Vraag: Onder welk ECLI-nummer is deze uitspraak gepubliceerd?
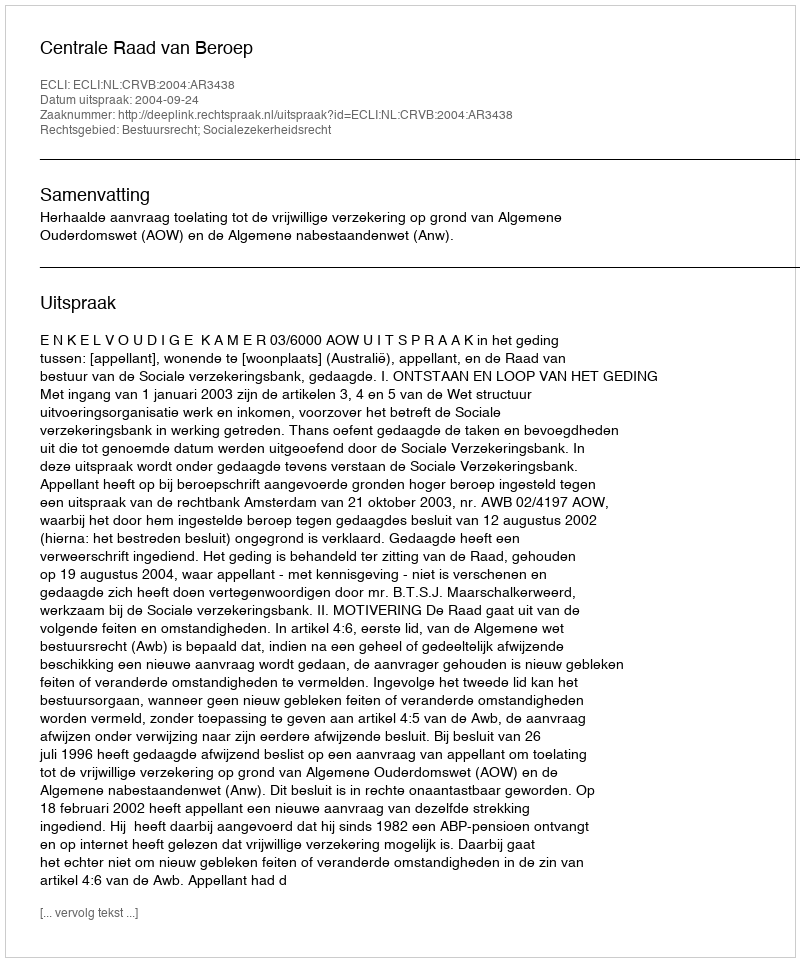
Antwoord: ECLI:NL:CRVB:2004:AR3438